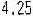
4.25